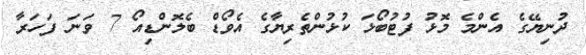
ދުނިޔޭގެ އެންމެ މޮޅު ފުޓުބޯޅަ ކުޅުންތެރިޔާގެ އެވޯޑް ބެލޮންޑިއޯ 7 ވަނަ ފަހަރާ